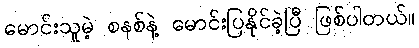
မောင်းသူမဲ့ စနစ်နဲ့ မောင်းပြနိုင်ခဲ့ပြီ ဖြစ်ပါတယ်။